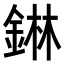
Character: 𮢅